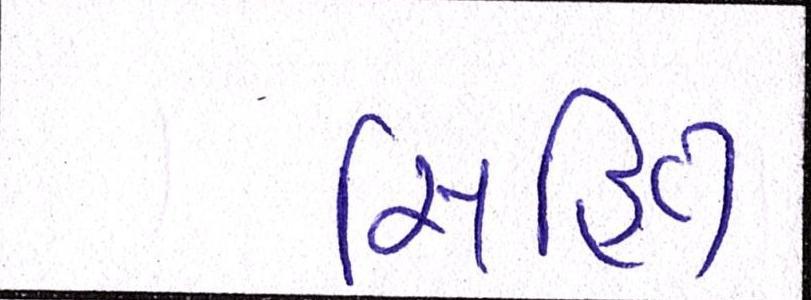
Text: સહિત